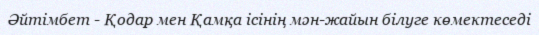
Әйтімбет - Қодар мен Қамқа ісінің мән-жайын білуге көмектеседі